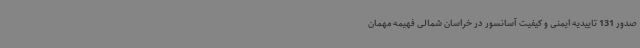
صدور 131 تاییدیه ایمنی و کیفیت آسانسور در خراسان شمالی فهیمه مهمان